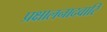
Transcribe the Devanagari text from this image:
प्रक्षालनादवारि